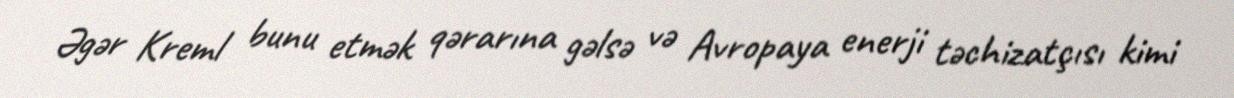
Əgər Kreml bunu etmək qərarına gəlsə və Avropaya enerji təchizatçısı kimi